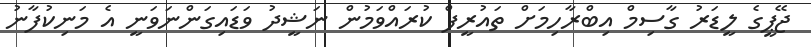
ޖޭޕީގެ ލީޑަރު ގާސިމް އިބްރާހިމަށް ތައުރީފް ކުރައްވަމުން ނަޝީދު ވަޑައިގަންނަވަނީ އެ މަނިކުފާނު